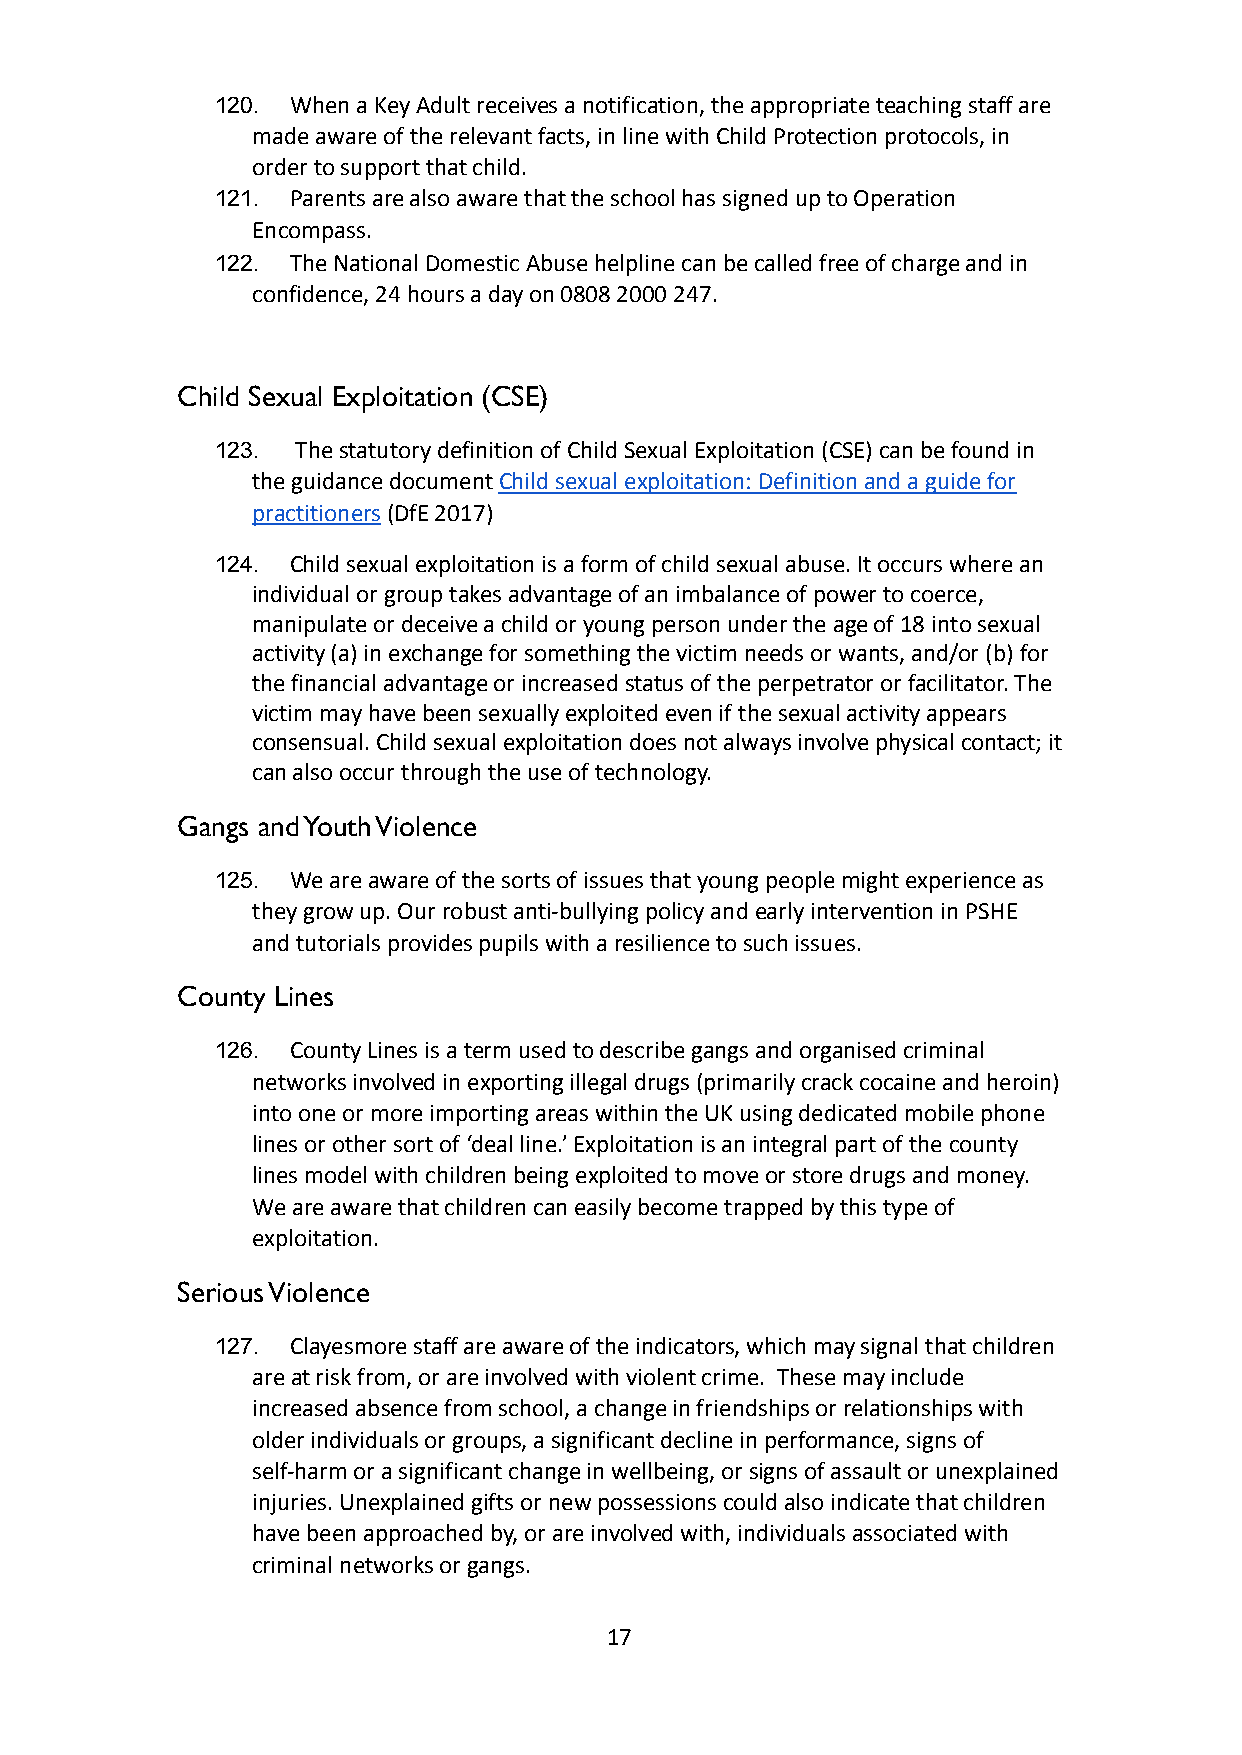
120. When a Key Adult receives a notification, the appropriate teaching staff are
 made aware of the relevant facts, in line with ChildProtection protocols, in
 order to support that child.
 121. Parents are also aware that the school has signedup to Operation
 Encompass.
 122. The National Domestic Abuse helpline can be calledfree of charge and in
 confidence, 24 hours a day on 0808 2000 247.
 Child Sexual Exploitation (CSE)
 123.  The statutory definition of Child Sexual Exploitation(CSE) can be found in
 the guidance documentChild sexual exploitation: Definitionand a guide for
 practitioners(DfE 2017)
 124. Child sexual exploitation is a form of child sexualabuse. It occurs where an
 individual or group takes advantage of an imbalanceof power to coerce,
 manipulate or deceive a child or young person underthe age of 18 into sexual
 activity (a) in exchange for something the victimneeds or wants, and/or (b) for
 the financial advantage or increased status of theperpetrator or facilitator. The
 victim may have been sexually exploited even if thesexual activity appears
 consensual. Child sexual exploitation does not alwaysinvolve physical contact; it
 can also occur through the use of technology.
 Gangs and Youth Violence
 125. We are aware of the sorts of issues that young peoplemight experience as
 they grow up. Our robust anti-bullying policy andearly intervention in PSHE
 and tutorials provides pupils with a resilience tosuch issues.
 County Lines
 126. County Lines is a term used to describe gangs andorganised criminal
 networks involved in exporting illegal drugs (primarilycrack cocaine and heroin)
 into one or more importing areas within the UK usingdedicated mobile phone
 lines or other sort of ‘deal line.’ Exploitation isan integral part of the county
 lines model with children being exploited to moveor store drugs and money.
 We are aware that children can easily become trappedby this type of
 exploitation.
 Serious Violence
 127. Clayesmore staff are aware of the indicators, whichmay signal that children
 are at risk from, or are involved with violent crime. These may include
 increased absence from school, a change in friendshipsor relationships with
 older individuals or groups, a significant declinein performance, signs of
 self-harm or a significant change in wellbeing, orsigns of assault or unexplained
 injuries. Unexplained gifts or new possessions couldalso indicate that children
 have been approached by, or are involved with, individualsassociated with
 criminal networks or gangs.
 17